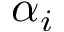
\alpha _ { i }